Scottish Leaving Certificate Examination, 1956
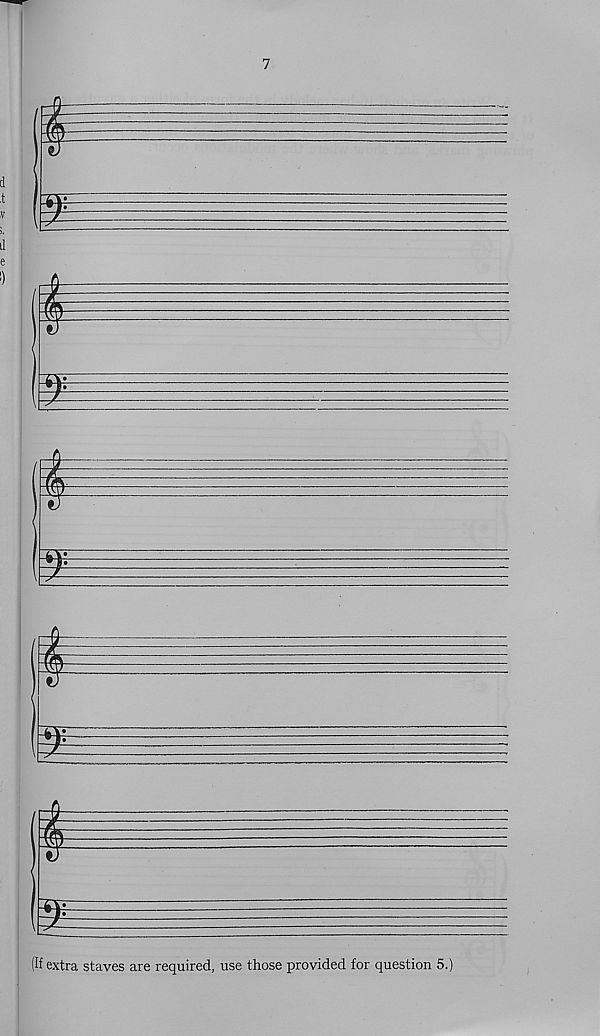
7
m
m
m
(If extra staves are required, use those provided for question 5.)